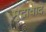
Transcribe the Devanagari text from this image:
मुद्रावाद